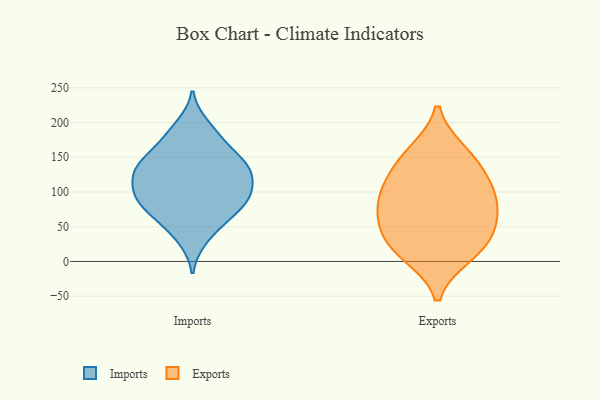
{"axis": {"x": "Market Share (%)", "y": "Value"}, "legend": ["Exports", "Imports"], "data": [{"x": "", "y": 135, "type": "Imports"}, {"x": "", "y": 134, "type": "Imports"}, {"x": "", "y": 90, "type": "Imports"}, {"x": "", "y": 73, "type": "Imports"}, {"x": "", "y": 64, "type": "Imports"}, {"x": "", "y": 57, "type": "Imports"}, {"x": "", "y": 146, "type": "Imports"}, {"x": "", "y": 144, "type": "Imports"}, {"x": "", "y": 197, "type": "Imports"}, {"x": "", "y": 122, "type": "Imports"}, {"x": "", "y": 105, "type": "Imports"}, {"x": "", "y": 178, "type": "Imports"}, {"x": "", "y": 95, "type": "Imports"}, {"x": "", "y": 171, "type": "Imports"}, {"x": "", "y": 91, "type": "Imports"}, {"x": "", "y": 31, "type": "Imports"}, {"x": "", "y": 100, "type": "Imports"}, {"x": "", "y": 131, "type": "Imports"}, {"x": "", "y": 64, "type": "Exports"}, {"x": "", "y": 103, "type": "Exports"}, {"x": "", "y": 74, "type": "Exports"}, {"x": "", "y": 98, "type": "Exports"}, {"x": "", "y": 10, "type": "Exports"}, {"x": "", "y": 20, "type": "Exports"}, {"x": "", "y": 157, "type": "Exports"}, {"x": "", "y": 119, "type": "Exports"}, {"x": "", "y": 26, "type": "Exports"}, {"x": "", "y": 149, "type": "Exports"}, {"x": "", "y": 55, "type": "Exports"}]}